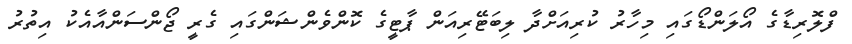
ފްލޮރިޑާގެ އޯލަންޑޯގައި މިހާރު ކުރިއަށްދާ ލިބަޓޭރިއަން ޕާޓީގެ ކޮންވެންޝަންގައި ގެރީ ޖޯންސަންއާއެކު އިތުރު